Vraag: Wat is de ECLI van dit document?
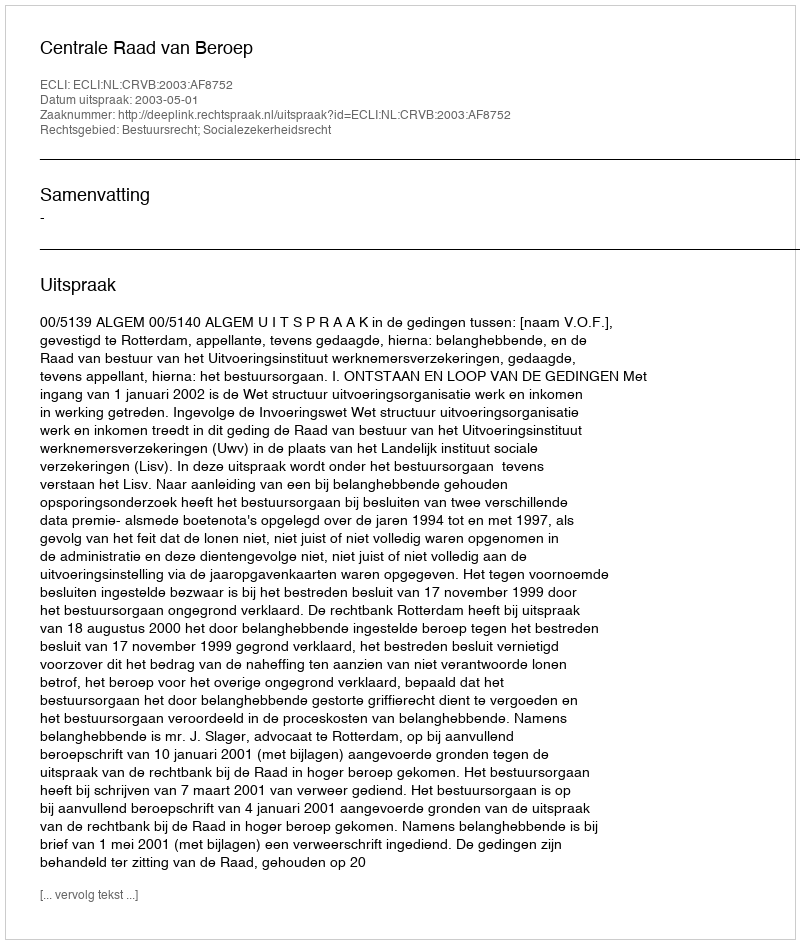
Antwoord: ECLI:NL:CRVB:2003:AF8752